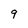
Character: 9